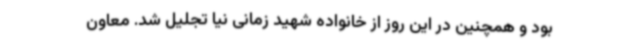
بود و همچنین در این روز از خانواده شهید زمانی نیا تجلیل شد. معاون